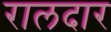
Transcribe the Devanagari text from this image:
रालदार